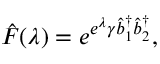
\hat { F } ( \lambda ) = e ^ { e ^ { \lambda } \gamma \hat { b } _ { 1 } ^ { \dagger } \hat { b } _ { 2 } ^ { \dagger } } ,